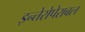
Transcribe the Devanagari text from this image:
इन्तेरोपेराबल